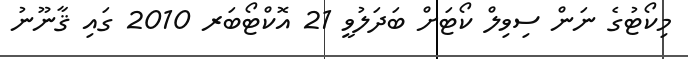
މިކޯޓުގެ ނަން ސިވިލް ކޯޓަށް ބަދަލުވީ 21 އޮކްޓޯބަރ 2010 ގައި ޤާނޫނު